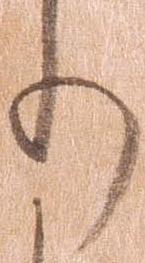
り